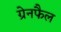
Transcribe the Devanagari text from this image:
ग्रेनफैल